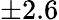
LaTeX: \pm 2.6